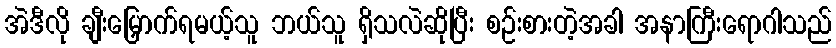
အဲဒီလို ချီးမြှောက်ရမယ့်သူ ဘယ်သူ ရှိသလဲဆိုပြီး စဉ်းစားတဲ့အခါ အနာကြီးရောဂါသည်